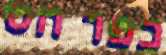
כפר הס